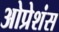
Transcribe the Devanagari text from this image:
ओप्रेशंस